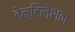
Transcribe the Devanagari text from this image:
वेन्टिलेशन